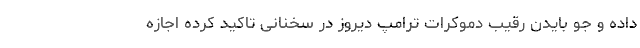
داده و جو بایدن رقیب دموکرات ترامپ دیروز در سخنانی تاکید کرده اجازه